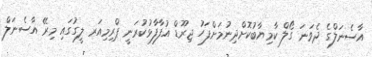
އާސެނަލްގެ ދެވަނަ ގޯލް ކާމިޔާބުކޮށްދިނުމަށްފަހު ޖިރޫޑް އުފާފާޅުކުރަނީ ޕްރިމިއަރ ލީގުގައި މިރޭ އާސެނަލް